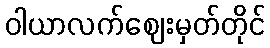
ဝါယာလက်ဈေးမှတ်တိုင်